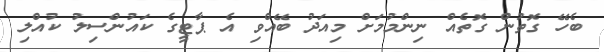
ބެހޭ ގޮތުން ގޮތެއް ނިންމުމަށް މިއަދު ބޭއްވި އެ ޕާޓީގެ ކައުންސިލު ކުއްލި